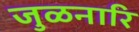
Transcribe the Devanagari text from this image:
जुळनारि